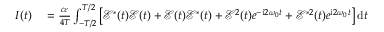
\begin{array} { r l } { I ( t ) } & { { } = \frac { c \varepsilon } { 4 T } \int _ { - T / 2 } ^ { T / 2 } \left[ \mathcal { E } ^ { * } ( t ) \mathcal { E } ( t ) + \mathcal { E } ( t ) \mathcal { E } ^ { * } ( t ) + \mathcal { E } ^ { 2 } ( t ) e ^ { - \mathrm { { i } } 2 \omega _ { 0 } t } + \mathcal { E } ^ { * 2 } ( t ) e ^ { \mathrm { { i } } 2 \omega _ { 0 } t } \right] \mathrm { { d } } t } \end{array}